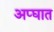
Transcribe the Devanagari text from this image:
अप्घात